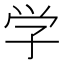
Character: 学